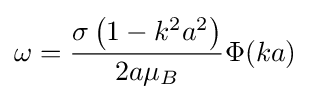
\omega ={\frac {\sigma \left(1-k^{2}a^{2}\right)}{2a\mu _{B}}}\Phi (ka)